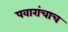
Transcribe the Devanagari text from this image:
पवारांचाच